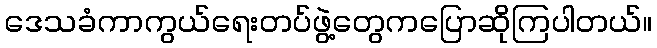
ဒေသခံကာကွယ်ရေးတပ်ဖွဲ့တွေကပြောဆိုကြပါတယ်။